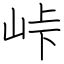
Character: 峠